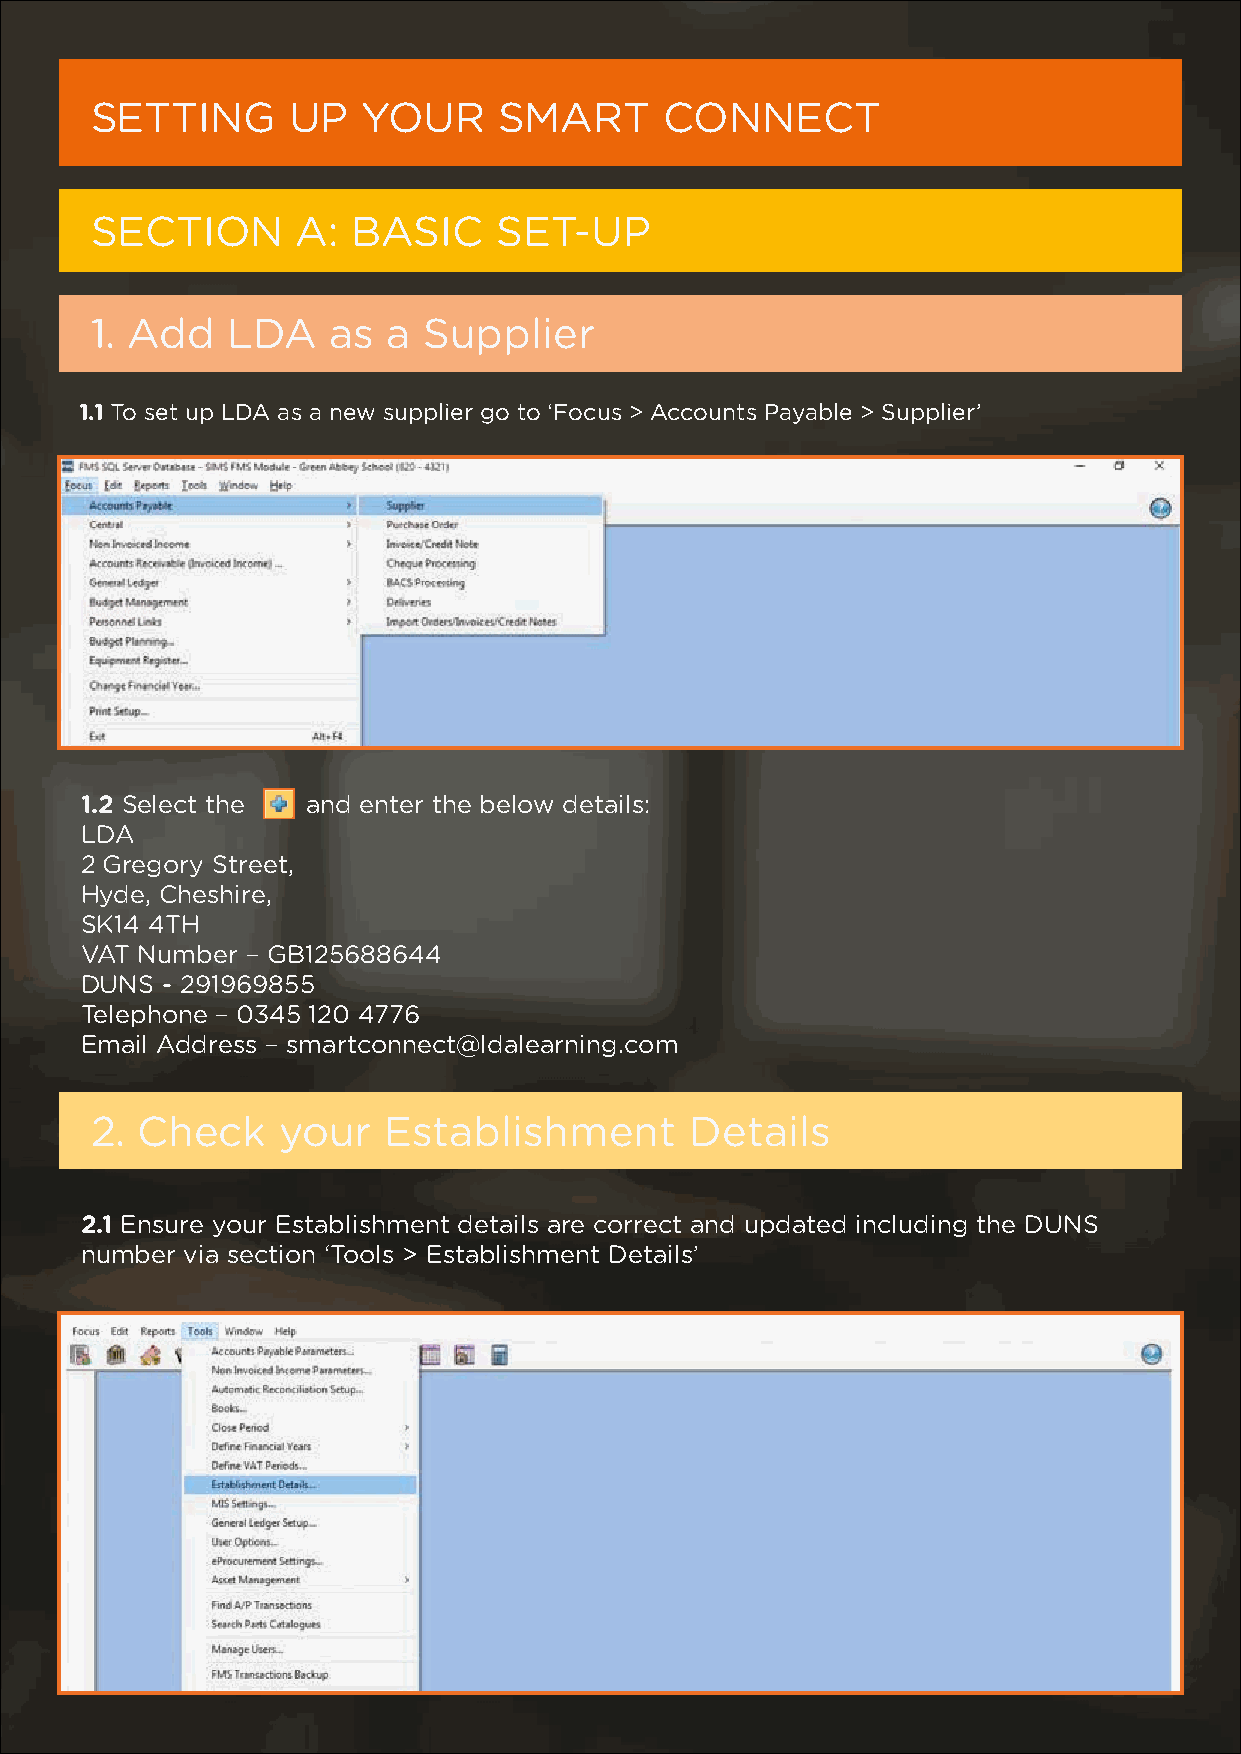
SETTING      UP   YOUR     SMART      CONNECT
 SECTION       A: BASIC     SET-UP
 1. Add   LDA    as  a Supplier
 1.1 To set up LDA as a new supplier go to ‘Focus > Accounts Payable > Supplier’
 1.2 Select the and enter the below details:
 LDA
 2 Gregory Street,
 Hyde, Cheshire,
 SK14 4TH
 VAT Number – GB125688644
 DUNS  - 291969855
 Telephone – 0345 120 4776
 Email Address – smartconnect@ldalearning.com
 2. Check    your   Establishment        Details
 2.1 Ensure your Establishment details are correct and updated including the DUNS
 number via section ‘Tools > Establishment Details’